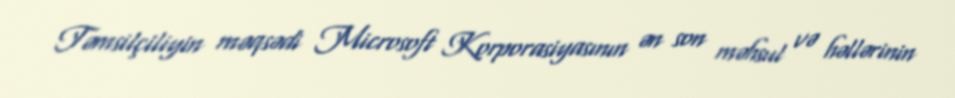
Təmsilçiliyin məqsədi Microsoft Korporasiyasının ən son məhsul və həllərinin